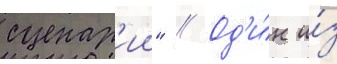
сценар'ии" // Од'и́н и́з